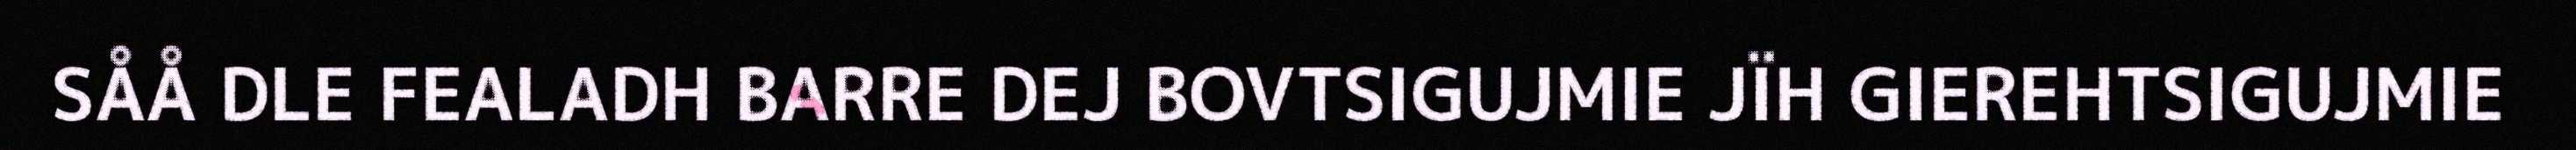
SÅÅ DLE FEALADH BARRE DEJ BOVTSIGUJMIE JÏH GIEREHTSIGUJMIE